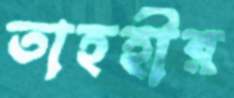
তাহহীর